Epidemic dropsy in Calcutta - Number 45
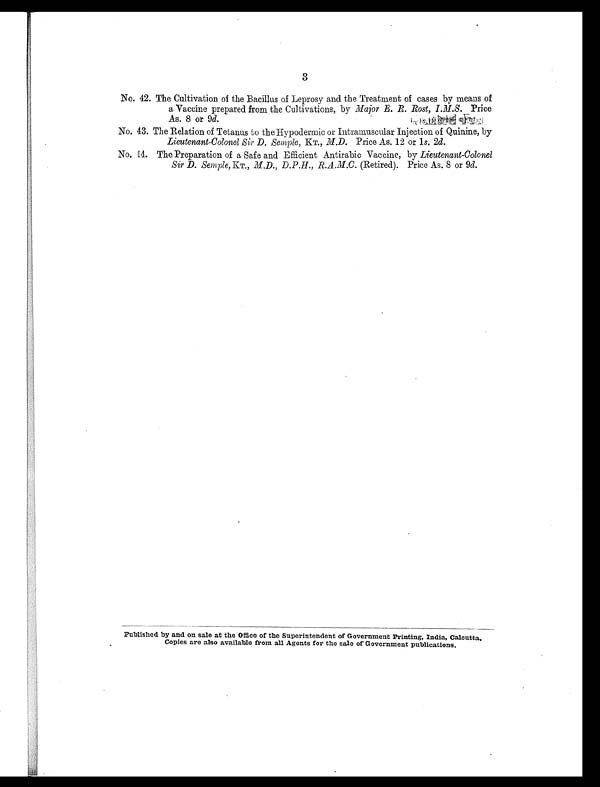
3
No. 42. The Cultivation of the Bacillus of Leprosy and the Treatment of cases by means of
a Vaccine prepared from the Cultivations, by Major E. R. Rost, I.M.S. Price
As. 8 or 9d.
No. 43. The Relation of Tetanus to the Hypodermic or Intramuscular Injection of Quinine, by
Lieutenant-Colonel Sir D. Semple, KT., M.D. Price As. 12 or 1s. 2d.
No. 44. The Preparation of a Safe and Efficient Antirabic Vaccine, by Lieutenant-Colonel
Sir D. Semple, KT., M.D., D.P.H., R. A. M. C. (Retired). Price As. 8 or 9d.
Published by and on sale at the office of the Superintendent of Government Printing, India, Calcutta.
Copies are also available from all Agents for the sale of Government publications.